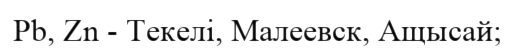
Pb, Zn - Текелі, Малеевск, Ащысай;